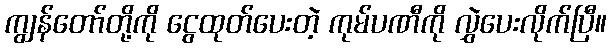
ကျွန်တော်တို့ကို ငွေထုတ်ပေးတဲ့ ကုမ်ပဏီကို လွှဲပေးလိုက်ပြီ။